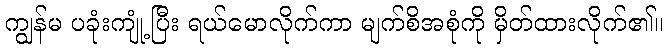
ကျွန်မ ပခုံးကျုံ့ပြီး ရယ်မောလိုက်ကာ မျက်စိအစုံကို မှိတ်ထားလိုက်၏။